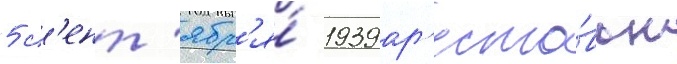
5 с'ент'ябр'я́ 1939 ар'есто́ван